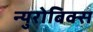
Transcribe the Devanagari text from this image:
न्युरोबिक्स